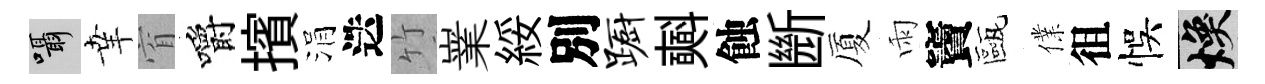
囁𦍒窅嚼擯涓迭竹嶪綏別蹰𣂏蝕㫁厦雨竇甌㒒徂悞焕